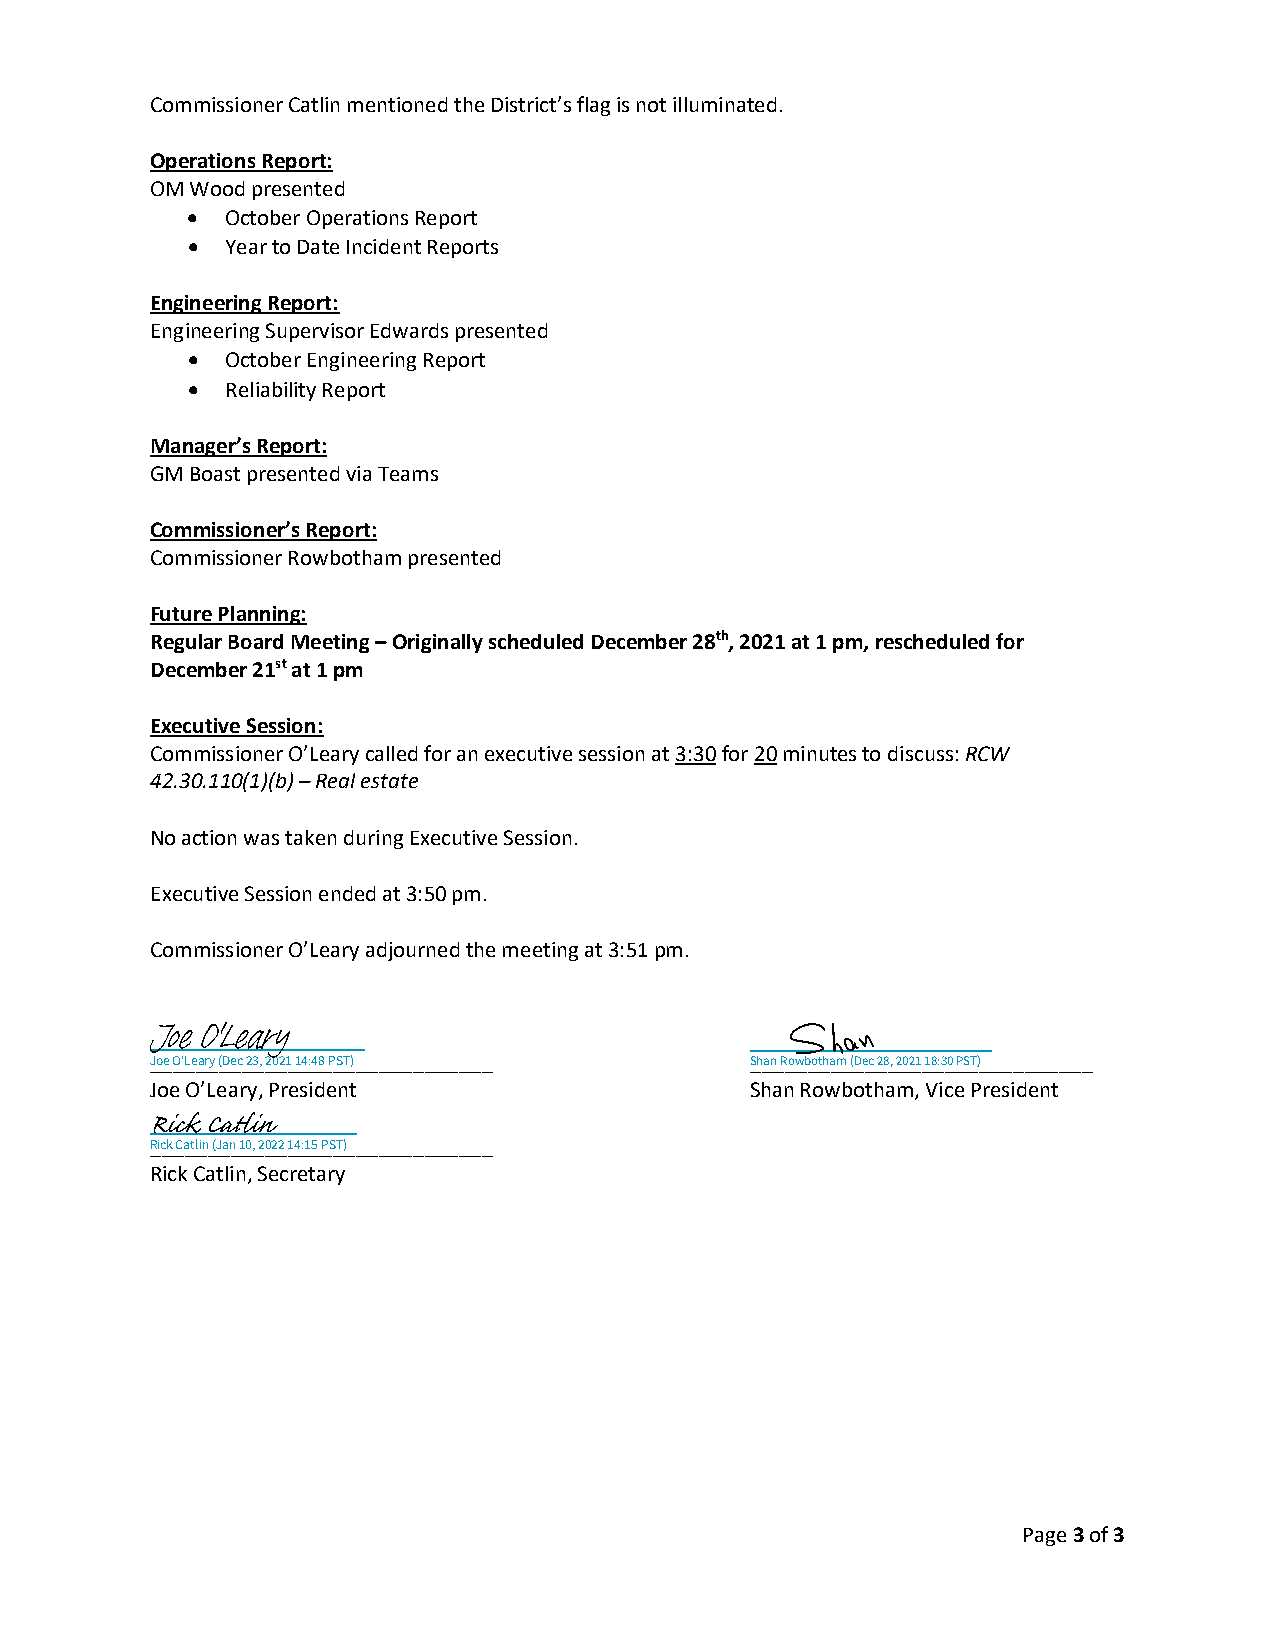
Commissioner Catlin mentioned the District’s flag is not illuminated.
 Operations Report:
 OM Wood presented
 •  October Operations Report
 •  Year to Date Incident Reports
 Engineering Report:
 Engineering Supervisor Edwards presented
 •  October Engineering Report
 •  Reliability Report
 Manager’s Report:
 GM Boast presented via Teams
 Commissioner’s Report:
 Commissioner Rowbotham presented
 Future Planning:
 Regular Board Meeting – Originally scheduled December 28th, 2021 at 1 pm, rescheduled for
 December 21st at 1 pm
 Executive Session:
 Commissioner O’Leary called for an executive session at 3:30 for 20 minutes to discuss: RCW
 42.30.110(1)(b) – Real estate
 No action was taken during Executive Session.
 Executive Session ended at 3:50 pm.
 Commissioner O’Leary adjourned the meeting at 3:51 pm.
 J oe O'Leary
 _Jo_e _O'_Le_ar_y (_D_ec_ 2_3, _20_21_ 1_4:_48_ P_ST_)____________ S_h_an_ R_ow_b_ot_ha_m_ (_De_c _28_, 2_02_1_ 18_:3_0 _PS_T)__________
 Joe O’Leary, President                  Shan Rowbotham, Vice President
 R ick Catlin
 _Ric_k_ Ca_tl_in_ (J_an_ 1_0,_ 2_02_2 _14_:1_5 P_S_T)_____________
 Rick Catlin, Secretary
 Page 3 of 3